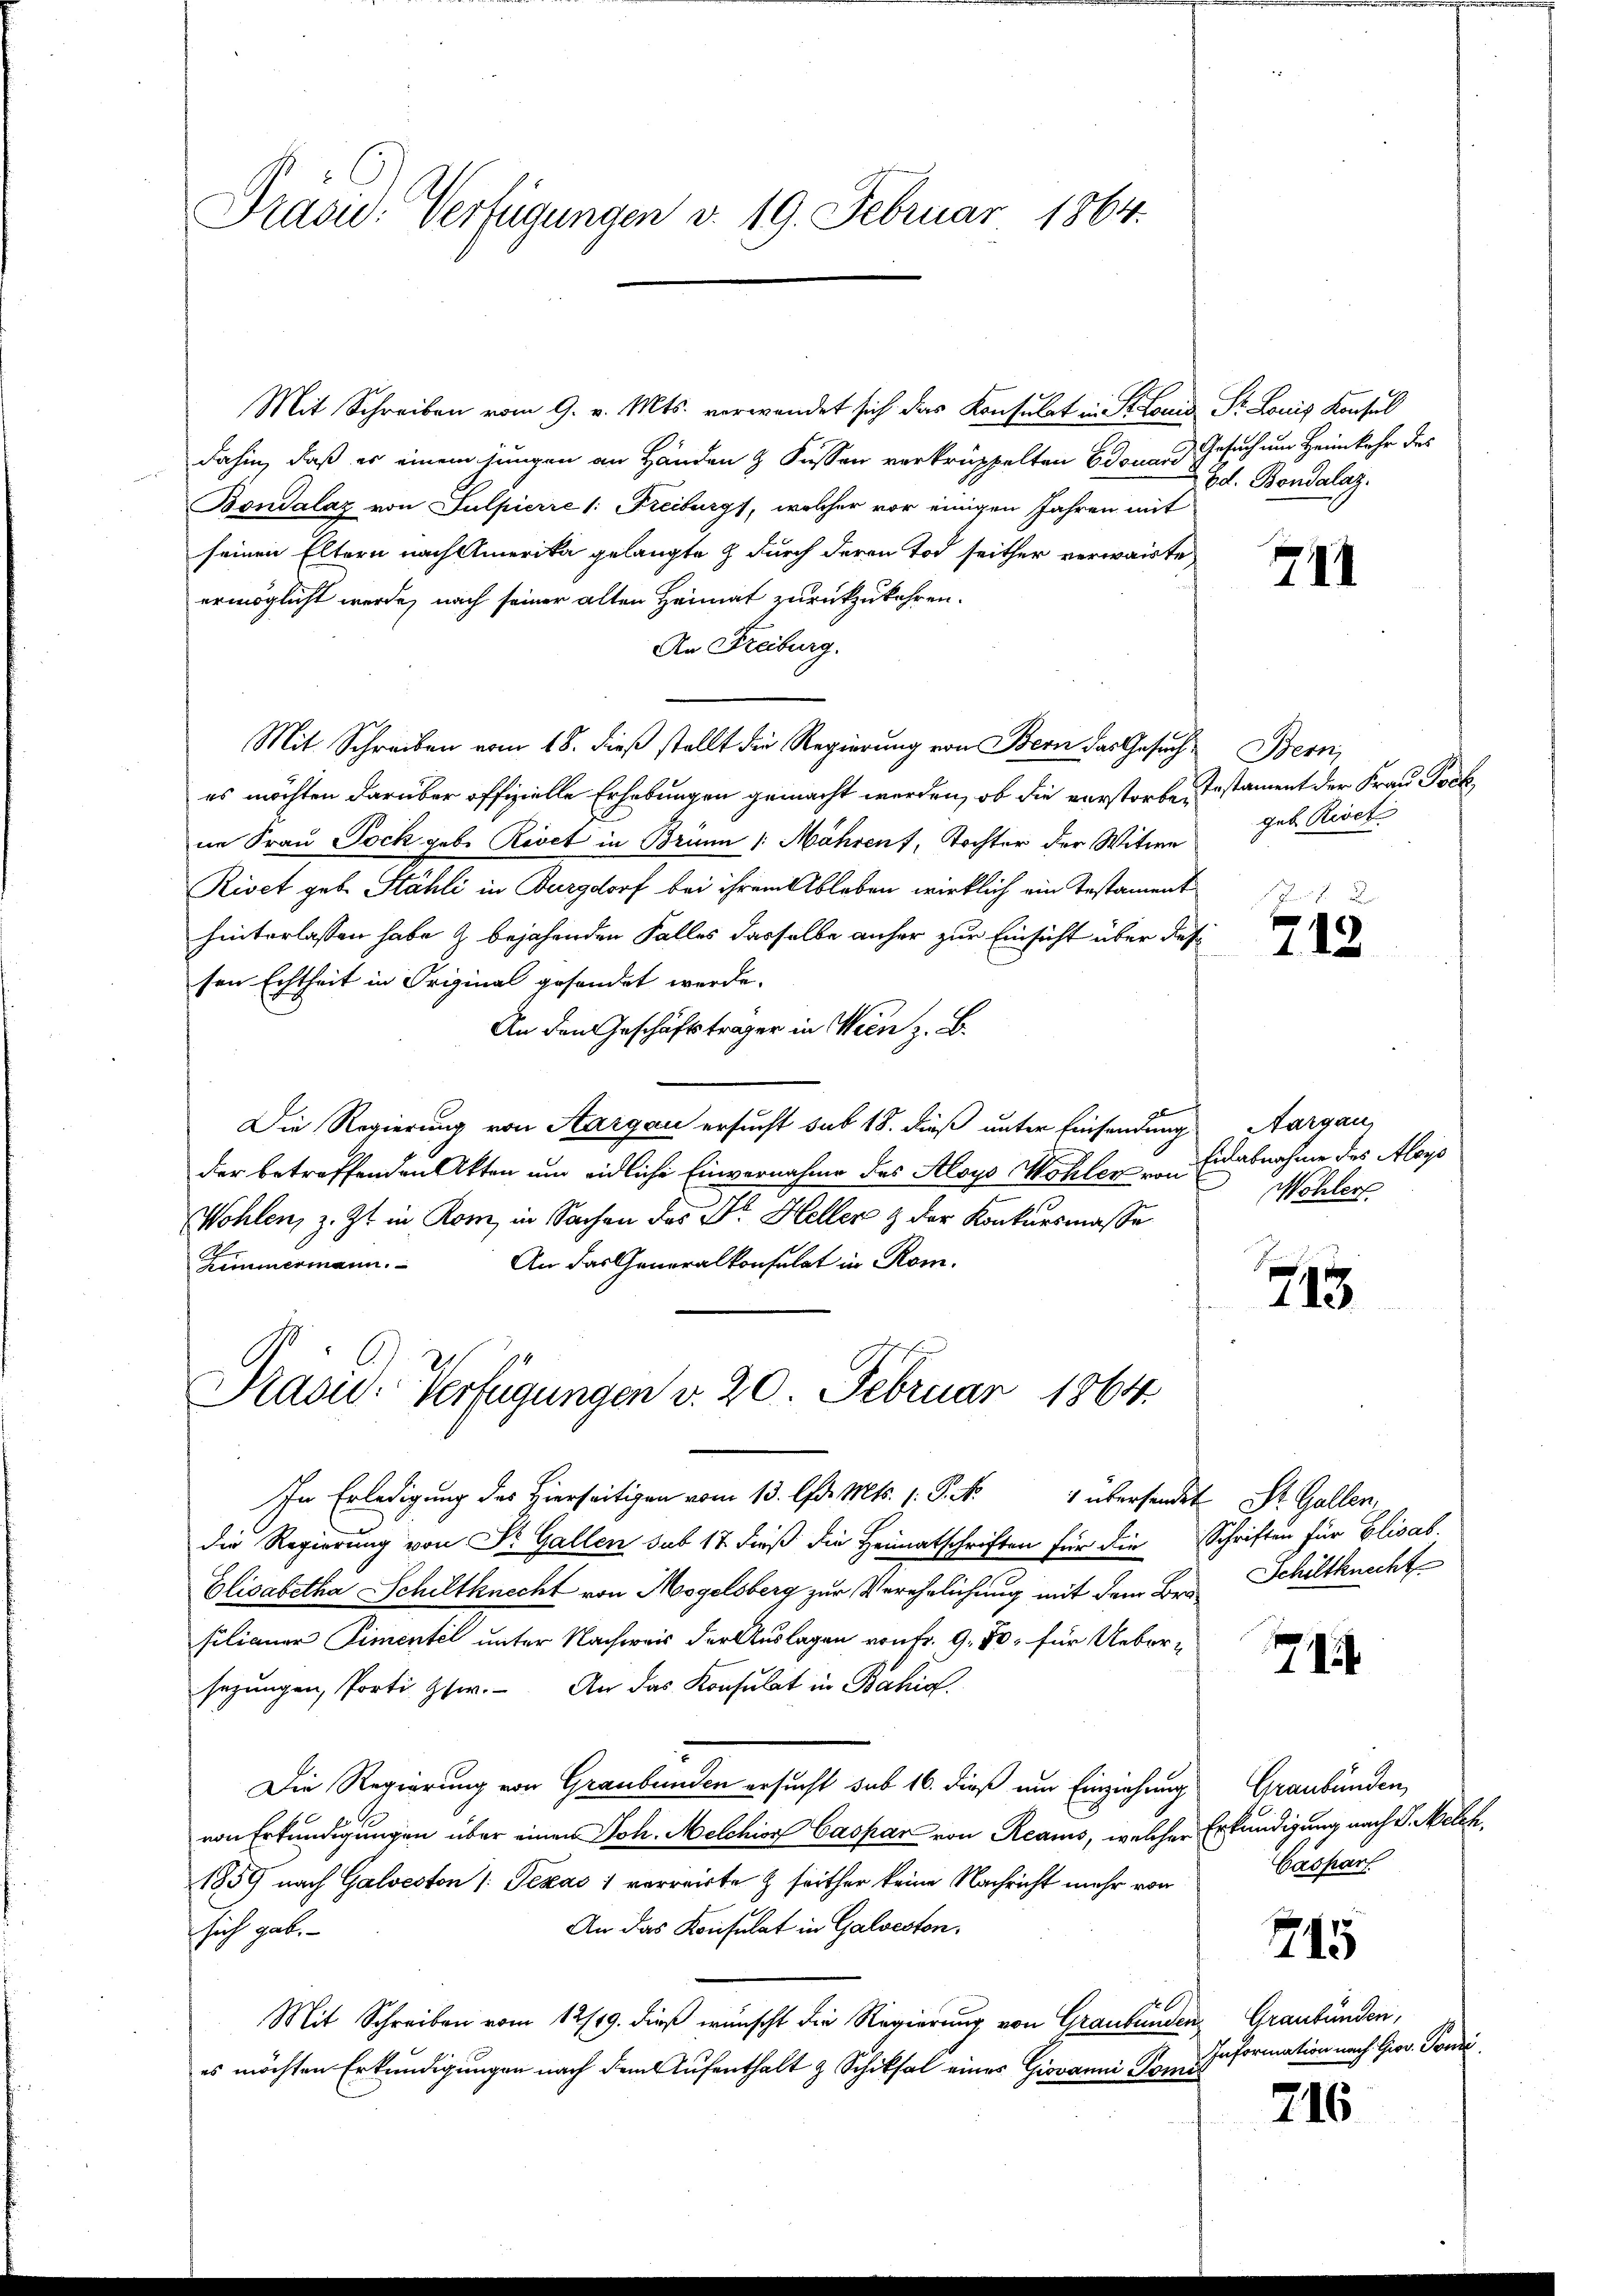
Prasie-Verfügungen v. 19. Februar 1864.

Mit Schreiben vom 9. v. Mts. verwendet sich das Konsulat in St. Louis St. Louis Konsul
dahin, daß er einem jungen an Händen 2 Fussen verkrüppelten Edouard Gesuch um Heimkehr des
Bondalaz von Sulpierre (: Freiburgs, welcher vor einigen Jahren mit
seinen Eltern nach Amerika gelangte & durch deren Tod seither verwarte
ermöglicht werde, nach seiner alten Heimat zurückzukehren.
An Freiburg.
Mit Schreiben vom 18. dieß stellt die Regierung von Bern das Gesuches möchten darüber offizielle Erhebungen gemacht werden, ob die verstorben, Testament der Frau Pockne Frau Joch gebe Revet in Brunn 1. Mähren, Tochter der Witwe
Riset geb. Stähli in Burgdorf bei ihrem Ableben wirklich ein Testament
hinterlassen habe & bejahenden Falles dasselbe anher zur Einsicht über diese
sen Echtheit in Original gesandet werde.
An den Geschäftsträger in Wien z. B.
Die Regierung von Aargau ersucht sub 18. dieß unter Einsendung
der betreffenden Akten um eidliche Einvernahme des Aloys Wohler von
Wohlen, z. Zt. in Rom, in Sachen des Dr. Heller & der Konkursmasse
An das Generalkonsulat in Rom.
Zimmermann.
Präsid. Verfügungen v. 20. Februar 1864
In Erledigung des Hierseitigen vom 13. d. Mts. 1. P. Nr. 1 übersendet St. Gallen,
die Regierung von Dr. Gallen sub 17 dieß die Heimatschriften für die Schriften für Elisab
Elisabetha Schiltknecht von Mogelsberg zur Verehelichung mit dem Bra-Schiltknecht
filianer Pimentel unter Nachweis der Auslagen von fr. 9. Fr. für Uebersezungen, Porti Gser. An das Konsulat in Bahia
.
Die Regierung von Graubünden ersucht sub 16. dieß um Einziehung
von Erkundigungen über einen Joh. Melchior Caspar von Reams, welcher
1859 nach Galveston /: Texas 1 verreiste & seither keine Nachricht mehr von
An das Konsulat in Galveston,
sich gab.
Mit Schreiben vom 12/19. dieß wünscht die Regierung von Graubündenes möchten Erkundigungen nach dem Aufenthalt & Schiksal eines Giovanni Domis

Ed. Bondalaz.

744

Bern,
geb. Rivet

57. D
743

Aargau,
Eidabnahme des Aloys
Wohler

715

744

Graubünden,
Erkundigung nach d. Melch
Caspart

745

Graubünden,
Information nach Giov. Tondi

216